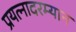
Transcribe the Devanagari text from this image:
प्रयत्नादरम्यान